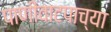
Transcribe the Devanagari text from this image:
पाणीवाटपाच्या